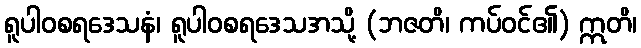
ရူပါဝစရဒေသနံ၊ ရူပါဝစရဒေသအသို့ (ဘဇတိ၊ ကပ်ဝင်၏) ဣတိ၊